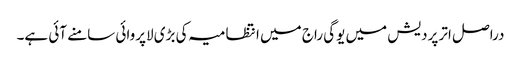
دراصل اتر پردیش میں یوگی راج میں انتظامیہ کی بڑی لاپروائی سامنے آئی ہے۔